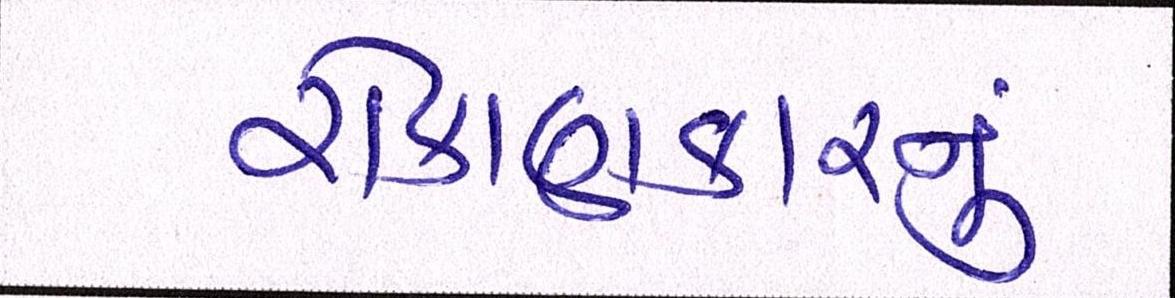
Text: રોકાણકારનું